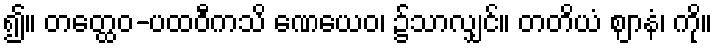
၍။ တတ္ထေဝ-ပထဝီကသိ ဏေယေဝ၊ ၌သာလျှင်။ တတိယံ ဈာနံ၊ ကို။